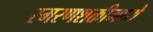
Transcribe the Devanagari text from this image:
स्मरणशक्तीमध्ये